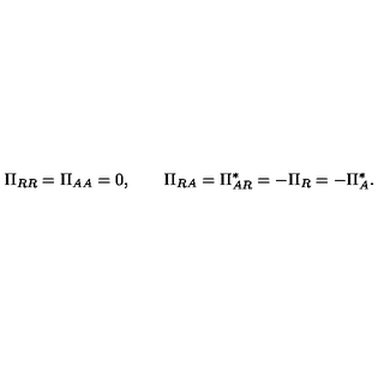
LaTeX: \Pi _ { R R } = \Pi _ { A A } = 0 , \qquad \Pi _ { R A } = \Pi _ { A R } ^ { * } = - \Pi _ { R } = - \Pi _ { A } ^ { * } .